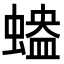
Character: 𧏱